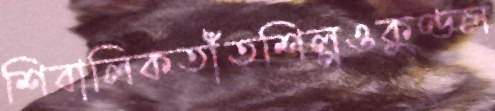
শিবালিকতাঁতশিল্পওকুণ্ডল